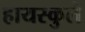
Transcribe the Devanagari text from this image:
हायस्कुले